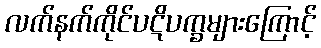
လက်နက်ကိုင်ပဋိပက္ခများကြောင့်